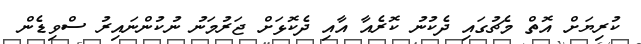
ކުރިޔަށް އޮތް މެޗުގައި ދެކުނު ކޮރެއާ އާއި ދެކޮޅަށް ޖަރުމަނު ނުކުންނައިރު ސްވިޑެން